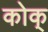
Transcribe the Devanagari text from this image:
कोक्